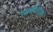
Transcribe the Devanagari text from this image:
चक्रवर्तीसारख्या